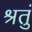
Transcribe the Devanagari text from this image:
श्रतुं